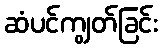
ဆံပင်ကျွတ်ခြင်း